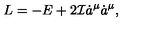
L = - E + 2 { \cal I } \dot { a } ^ { \mu } \dot { a } ^ { \mu } ,